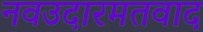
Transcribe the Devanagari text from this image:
नवउदारमतवाद